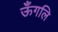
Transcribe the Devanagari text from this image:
ऊँगलि